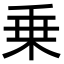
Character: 乗